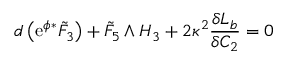
d \left( \mathrm { e } ^ { \phi } { } ^ { * } { \tilde { F } } _ { 3 } \right) + { \tilde { F } } _ { 5 } \wedge H _ { 3 } + 2 \kappa ^ { 2 } \frac { \delta { \cal { L } } _ { b } } { \delta C _ { 2 } } = 0